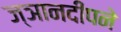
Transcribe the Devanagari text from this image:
ज्ञानदीपने